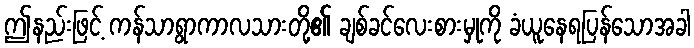
ဤနည်းဖြင့် ကန်သာရွာကာလသားတို့၏ ချစ်ခင်လေးစားမှုကို ခံယူနေရပြန်သောအခါ